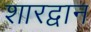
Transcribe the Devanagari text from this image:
शारद्वान